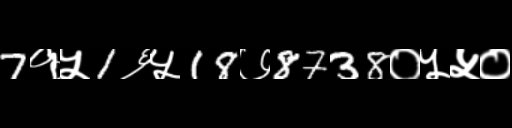
Text: 7१५1६५18७8738०५५०